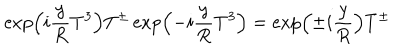
\exp \left( i \frac { y } { R } T ^ { 3 } \right) T ^ { \pm } \exp \left( - i \frac { y } { R } T ^ { 3 } \right) = \exp \left( \pm i \frac { y } { R } \right) T ^ { \pm }